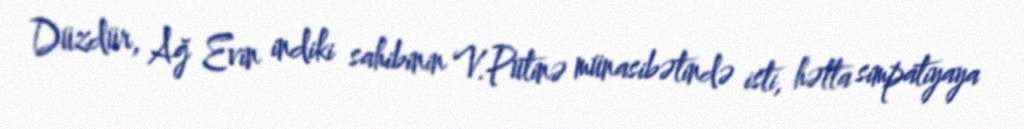
Düzdür, Ağ Evin indiki sahibinin V.Putinə münasibətində isti, hətta simpatiyaya